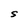
Character: S